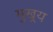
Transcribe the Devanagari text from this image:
मुखर्‍य